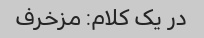
در یک کلام: مزخرف